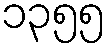
၁၃၅၅